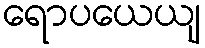
ရောပယေယျ